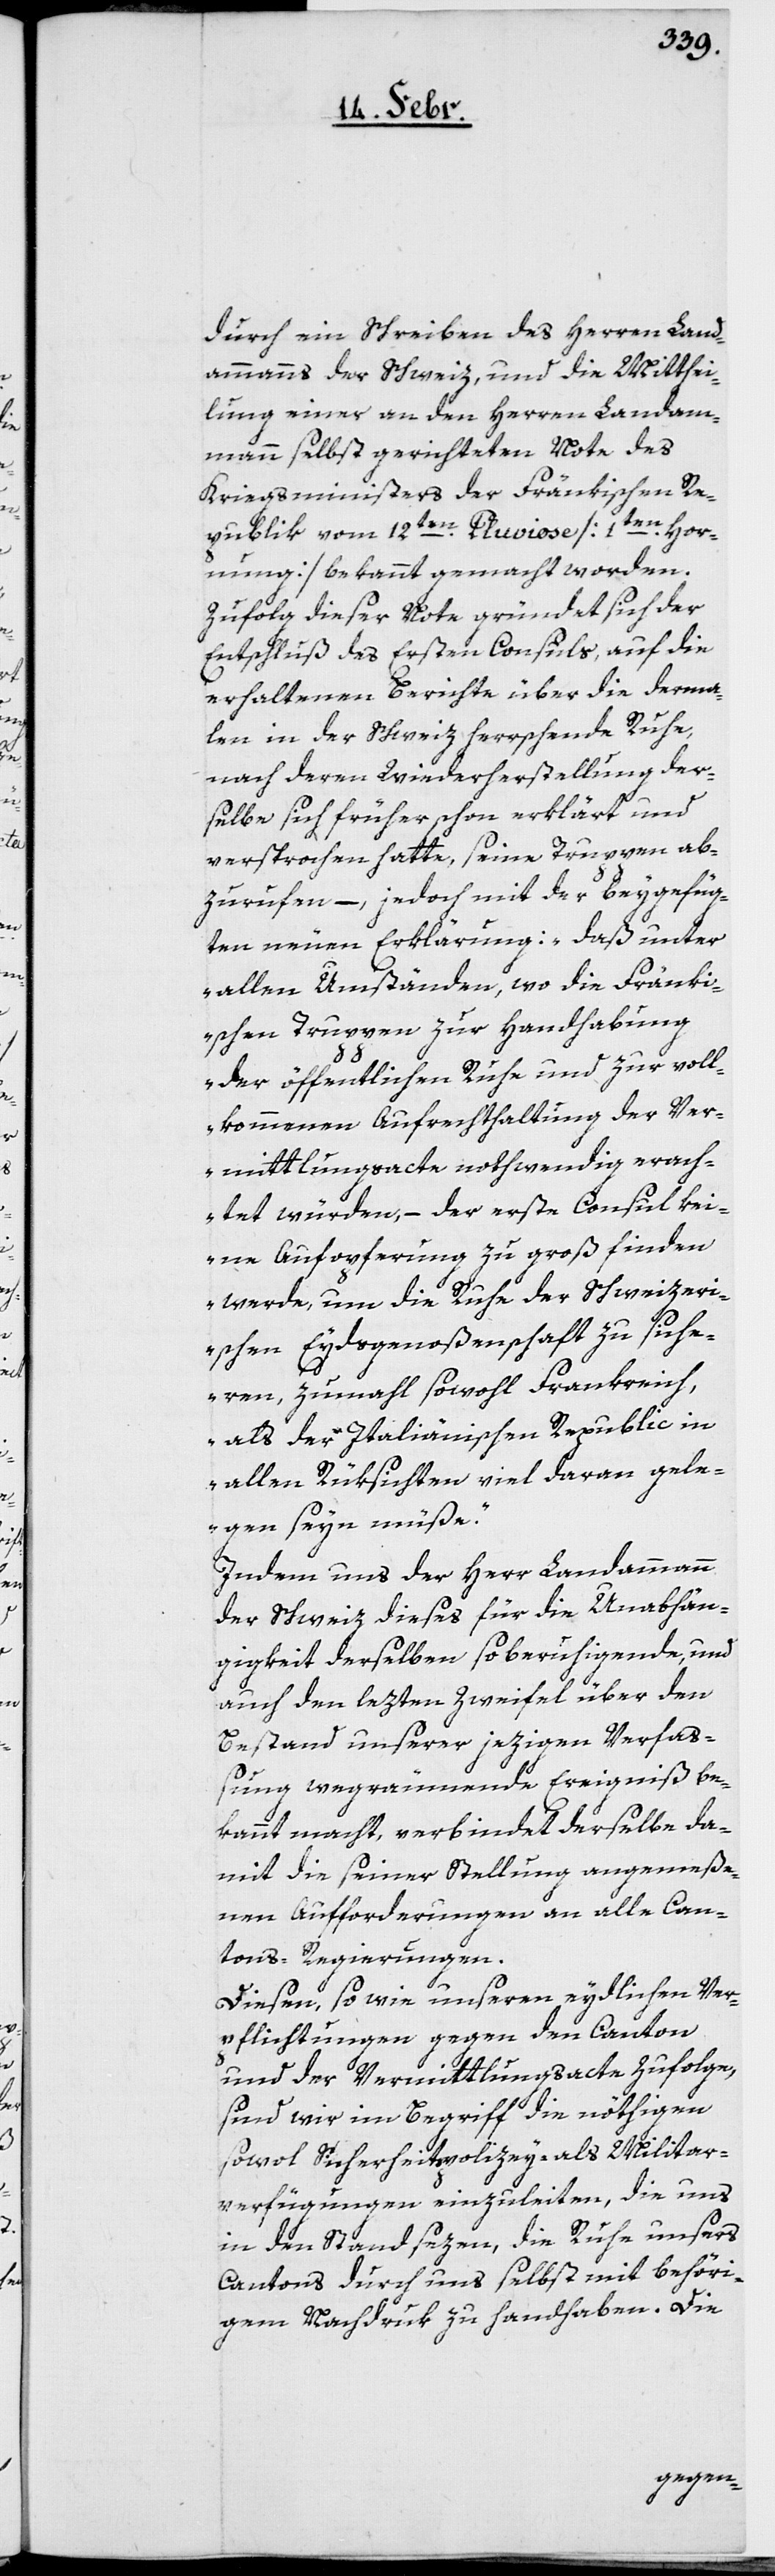
durch ein Schreiben des Herren Land¬
ammanns der Schweiz, und die Mitthei¬
lung einer an den Herren Landam¬
mann selbst gerichteten Note des
Kriegsministers der Fränkischen Re¬
publik vom 12ten. Pluviose [1ten. Hor¬
nung] bekannt gemacht worden.
Zufolge dieser Note gründet sich der
Entschluß des Ersten Consuls, auf die
erhaltenen Berichte über die derma¬
len in der Schweiz herrschende Ruhe,
nach deren Wiederherstellung der¬
selbe sich früher schon erklärt und
versprochen hatte, seine Truppen ab¬
zurufen, – jedoch mit der beygefüg¬
ten neuen Erklärung: „daß unter
allen Umständen, wo die Fränk¬
ischen Truppen zur Handhabung
der öffentlichen Ruhe und zur voll¬
kommenen Aufrechterhaltung der Ver¬
mittlungsacte nothwendig erach¬
tet würden, –der erste Consul kei¬
ne Aufopferung zu groß finden
werde, um die Ruhe der Schweizer¬
ischen Eydsgenoßenschaft zu siche¬
ren, zumahl sowohl Frankreich,
als der Italienischen Republic in
allen Rüksichten viel daran gele¬
gen seyn müße“.
Indem uns der Herr Landammann
der Schweiz dieses für die Unabhän¬
gigkeit derselben so beruhigende, und
auch den lezten Zweifel über den
Bestand unserer jezigen Verfaß¬
ung wegräumende Ereigniß be¬
kannt macht, verbindet derselbe da¬
mit die seiner Stellung angemeße¬
nen Aufforderungen an alle Can¬
tonsregierungen.
Diesen, so wie unseren eydlichen Ver¬
pflichtungen gegen den Canton
und der Vermittlungsacte zufolge,
sind wir im Begriff, die nöthigen
sowol Sicherheitspolizey- als Militar¬
verfügungen einzuleiten, die uns
in den Stand sezen, die Ruhe unsers
Cantons durch uns selbst mit behöri¬
gem Nachdruk zu handhaben. Die